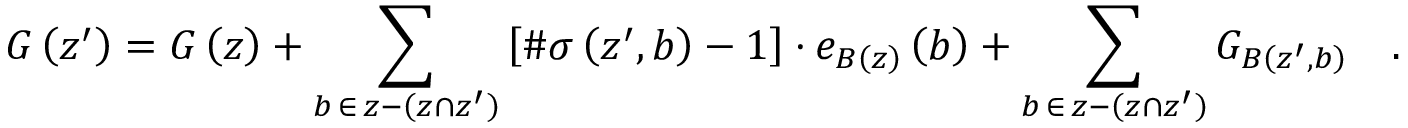
G \left( z ^ { \prime } \right) = G \left( z \right) + \sum _ { b \, \in \, z - \left( z \cap z ^ { \prime } \right) } \left[ \# \sigma \left( z ^ { \prime } , b \right) - 1 \right] \cdot e _ { { \cal B } \left( z \right) } \left( b \right) + \sum _ { b \, \in \, z - \left( z \cap z ^ { \prime } \right) } G _ { { \cal B } \left( z ^ { \prime } , b \right) } \quad .